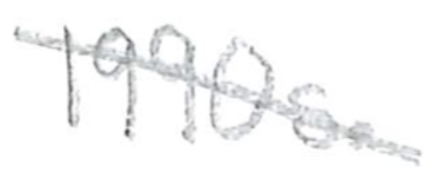
Text: 1990s.
Cross-out: diagonal
Writing tool: pencil